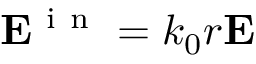
\mathbf { E } ^ { \mathrm { ~ i ~ n ~ } } = k _ { 0 } r \mathbf { E }